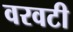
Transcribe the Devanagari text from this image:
वरवटी